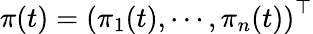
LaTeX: \pi(t)={\left(\pi_{1}(t),\cdots,\pi_{n}(t)\right)}^{\top}